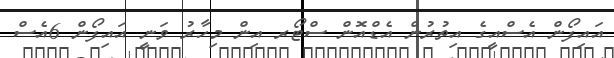
އައިފޯން އެސްއީގެ އިތުރުން އެޑްއޮން ސްޓޯރ އިން މިހާރު ވަނީ އައިފޯން 6އެސް